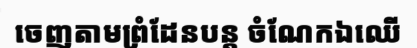
ចេញតាមព្រំដែនបន្ត ចំណែកឯឈើ